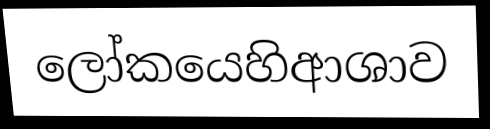
ලෝකයෙහිආශාව